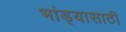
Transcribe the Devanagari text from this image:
भांड्यासाठी